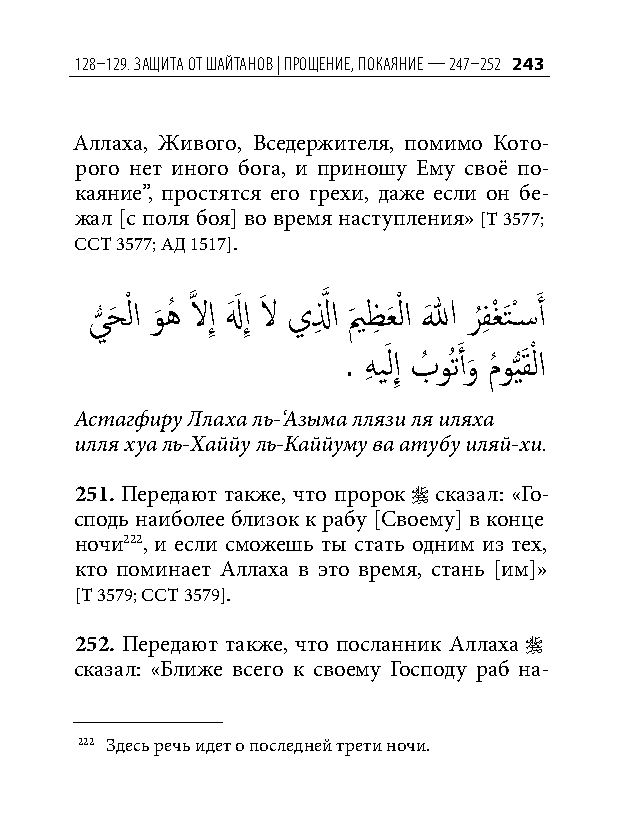
128–129. защита от шайтанов | Прощение, ПоКаяние — 247–252 243
 Аллаха, Живого, Вседержителя, помимо Кото-
 рого нет иного бога, и приношу Ему своё по-
 каяние”, простятся его грехи, даже если он бе-
 жал [с поля боя] во время наступления» [Т 3577;
 ССТ 3577; АД 1517].
 ي
 ُّ
 حَ ْ لا و
 َ
 هُ َّذ لاإِ لهَ َ إِ لاَ يلِ َّذ ا يمَ ظِ عَ ْ لا اللهَ ر
 ُ
 فِ غْ َتْس�َ أ
 .
 هِ يَ
 لإِ بُ
 وُتَ
 أو
 َ
 مُ و
 ُّيَقْ
 لا
 Астагфиру Ллаха ль-‘Азыма ллязи ля иляха
 илля хуа ль-Хаййу ль-Каййуму ва атубу иляй-хи.
 251. Передают также, что пророк  сказал: «Го-
 сподь наиболее близок к рабу [Своему] в конце
 ночи222, и если сможешь ты стать одним из тех,
 кто поминает Аллаха в это время, стань [им]»
 [Т 3579; ССТ 3579].
 252. Передают также, что посланник Аллаха 
 сказал: «Ближе всего к своему Господу раб на-
 222 Здесь речь идет о последней трети ночи.